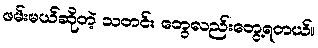
ဖမ်းမယ်ဆိုတဲ့ သတင်း တွေလည်းတွေ့ရတယ်။